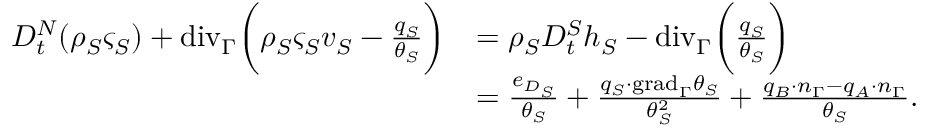
\begin{array} { r l } { D _ { t } ^ { N } ( \rho _ { S } \varsigma _ { S } ) + \mathrm { { d i v } } _ { \Gamma } \bigg ( \rho _ { S } \varsigma _ { S } v _ { S } - \frac { q _ { S } } { \theta _ { S } } \bigg ) } & { = \rho _ { S } D _ { t } ^ { S } h _ { S } - { \mathrm { d i v } } _ { \Gamma } \bigg ( \frac { q _ { S } } { \theta _ { S } } \bigg ) } \\ & { = \frac { e _ { D _ { S } } } { \theta _ { S } } + \frac { q _ { S } \cdot \mathrm { { g r a d } } _ { \Gamma } \theta _ { S } } { \theta _ { S } ^ { 2 } } + \frac { q _ { B } \cdot n _ { \Gamma } - q _ { A } \cdot n _ { \Gamma } } { \theta _ { S } } . } \end{array}